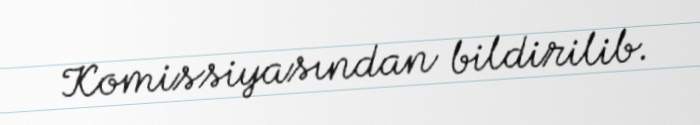
Komissiyasından bildirilib.